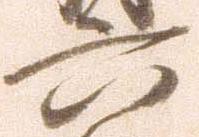
六